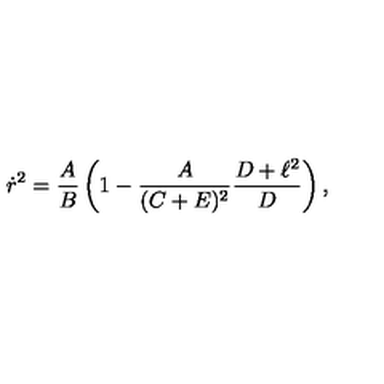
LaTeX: \dot { r } ^ { 2 } = { \frac { A } { B } } \left( 1 - { \frac { A } { ( C + E ) ^ { 2 } } } { \frac { D + \ell ^ { 2 } } { D } } \right) ,